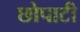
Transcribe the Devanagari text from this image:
छोपाटी